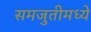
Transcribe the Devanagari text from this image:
समजुतीमध्ये